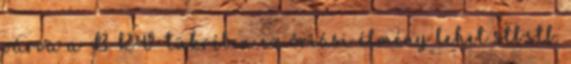
várva a BKV tükrében ez óriási élmény lehet stb.stb.